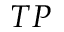
T P